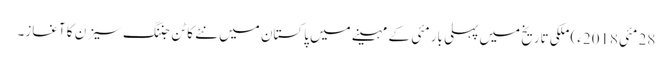
28 مئی2018ء) ملکی تاریخ میں پہلی بار مئی کے مہینے میں پاکستان میں نئے کاٹن جننگ سیزن کا آغاز۔